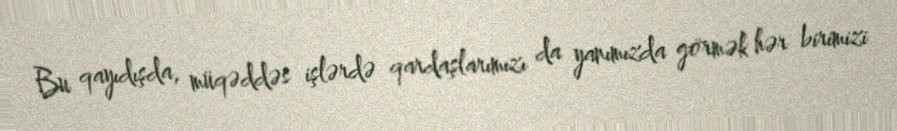
Bu qayıdışda, müqəddəs işlərdə qardaşlarımızı da yanımızda görmək hər birimizi